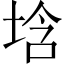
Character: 𡌢